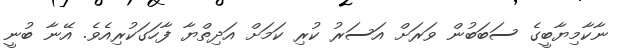
ނާކާމިޔާބީގެ ސަބަބުން ވަރަށް އަސަރު ކުރި ކަމަށް އަދިތްޔާ ފާހަގަކުރިއެވެ. އޭނާ ބުނީ